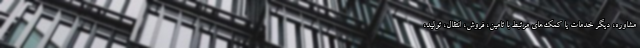
مشاوره، دیگر خدمات یا کمک‌های مرتبط با تامین، فروش، انتقال، تولید،